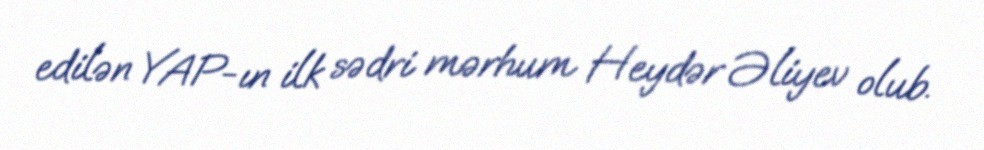
edilən YAP-ın ilk sədri mərhum Heydər Əliyev olub.